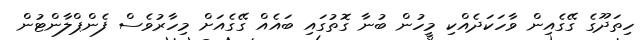
ހިތަދޫގެ ގޭގެއިން ވާހަކަދެއްކި މީހުން ބުނާ ގޮތުގައި ބައެއް ގޭގެއަށް މިހާރުވެސް ފެންޕްލާންޓުން